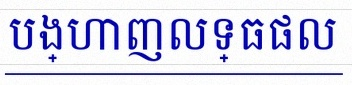
បង្ហាញលទ្ធផល